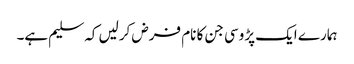
ہمارے ایک پڑوسی جن کا نام فرض کرلیں کہ سلیم ہے۔